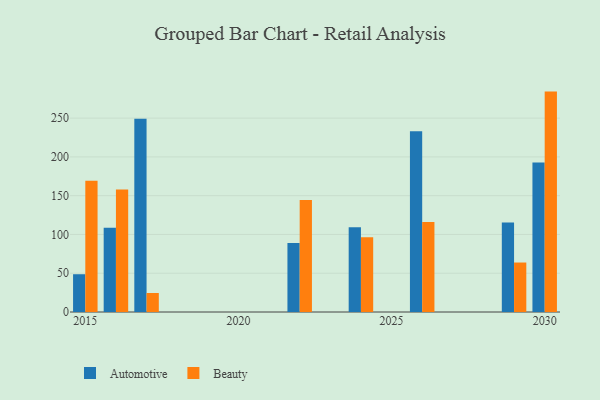
{"axis": {"x": "Year", "y": "Inventory Turnover"}, "legend": ["Automotive", "Beauty"], "data": [{"x": "2016", "y": 108.7, "type": "Automotive"}, {"x": "2016", "y": 158.0, "type": "Beauty"}, {"x": "2029", "y": 115.5, "type": "Automotive"}, {"x": "2029", "y": 63.8, "type": "Beauty"}, {"x": "2015", "y": 48.7, "type": "Automotive"}, {"x": "2015", "y": 169.1, "type": "Beauty"}, {"x": "2030", "y": 192.8, "type": "Automotive"}, {"x": "2030", "y": 284.2, "type": "Beauty"}, {"x": "2022", "y": 89.1, "type": "Automotive"}, {"x": "2022", "y": 144.4, "type": "Beauty"}, {"x": "2026", "y": 233.0, "type": "Automotive"}, {"x": "2026", "y": 116.1, "type": "Beauty"}, {"x": "2024", "y": 109.2, "type": "Automotive"}, {"x": "2024", "y": 96.3, "type": "Beauty"}, {"x": "2017", "y": 249.2, "type": "Automotive"}, {"x": "2017", "y": 24.5, "type": "Beauty"}]}